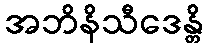
အဘိနိသီဒေန္တိ